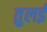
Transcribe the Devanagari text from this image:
तुलई